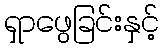
ရှာဖွေခြင်းနှင့်